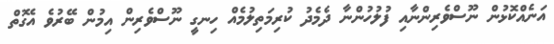
އަނެއްކޮޅުން ނޫސްވެރިންނާއި ފުލުހުންނާ ދެމެދު ކުރިމަތިލުމެއް ހިނގީ ނޫސްވެރިން އިމުން ބޭރުވެ އެގޮތް